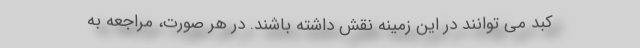
کبد می توانند در این زمینه نقش داشته باشند. در هر صورت، مراجعه به